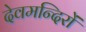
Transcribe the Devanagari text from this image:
देवमन्दिरों